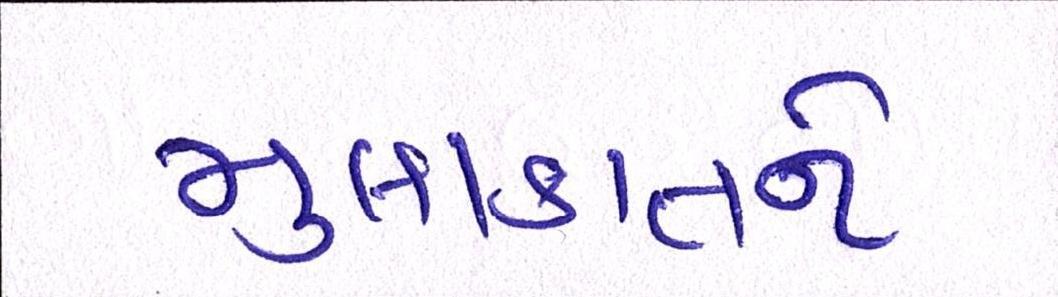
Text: મુલાકાતને